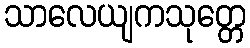
သာလေယျကသုတ္တေ